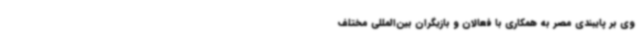
وی بر پایبندی مصر به همکاری با فعالان و بازیگران بین‌المللی مختلف